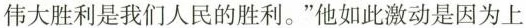
伟大胜利是我们人民的胜利。”他如此激动是因为上